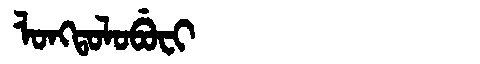
Manchu: ᠯᠣᠩᡨᠣᠯᠣᠪᡠᠸᡳ
Romanization: LONGTOLOBUFI